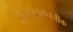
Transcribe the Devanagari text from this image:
महासागरानजीक